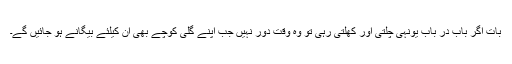
بات اگر باب در باب یونہی چلتی اور کھلتی رہی تو وہ وقت دور نہیں جب اپنے گلی کوچے بھی ان کیلئے بیگانے ہو جائیں گے۔